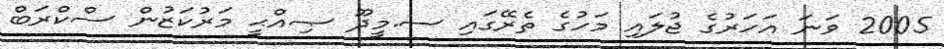
2005 ވަނަ އަހަރުގެ ޖުލައި މަހުގެ ތެރޭގައި ސ.މީދޫ ޞިއްޙީ މަރުކަޒުން ސްކްރަބް